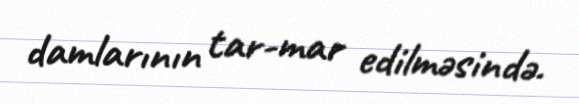
damlarının tar-mar edilməsində.